Eesti_Vabariigi_Tartu_Ulikool, lk 95
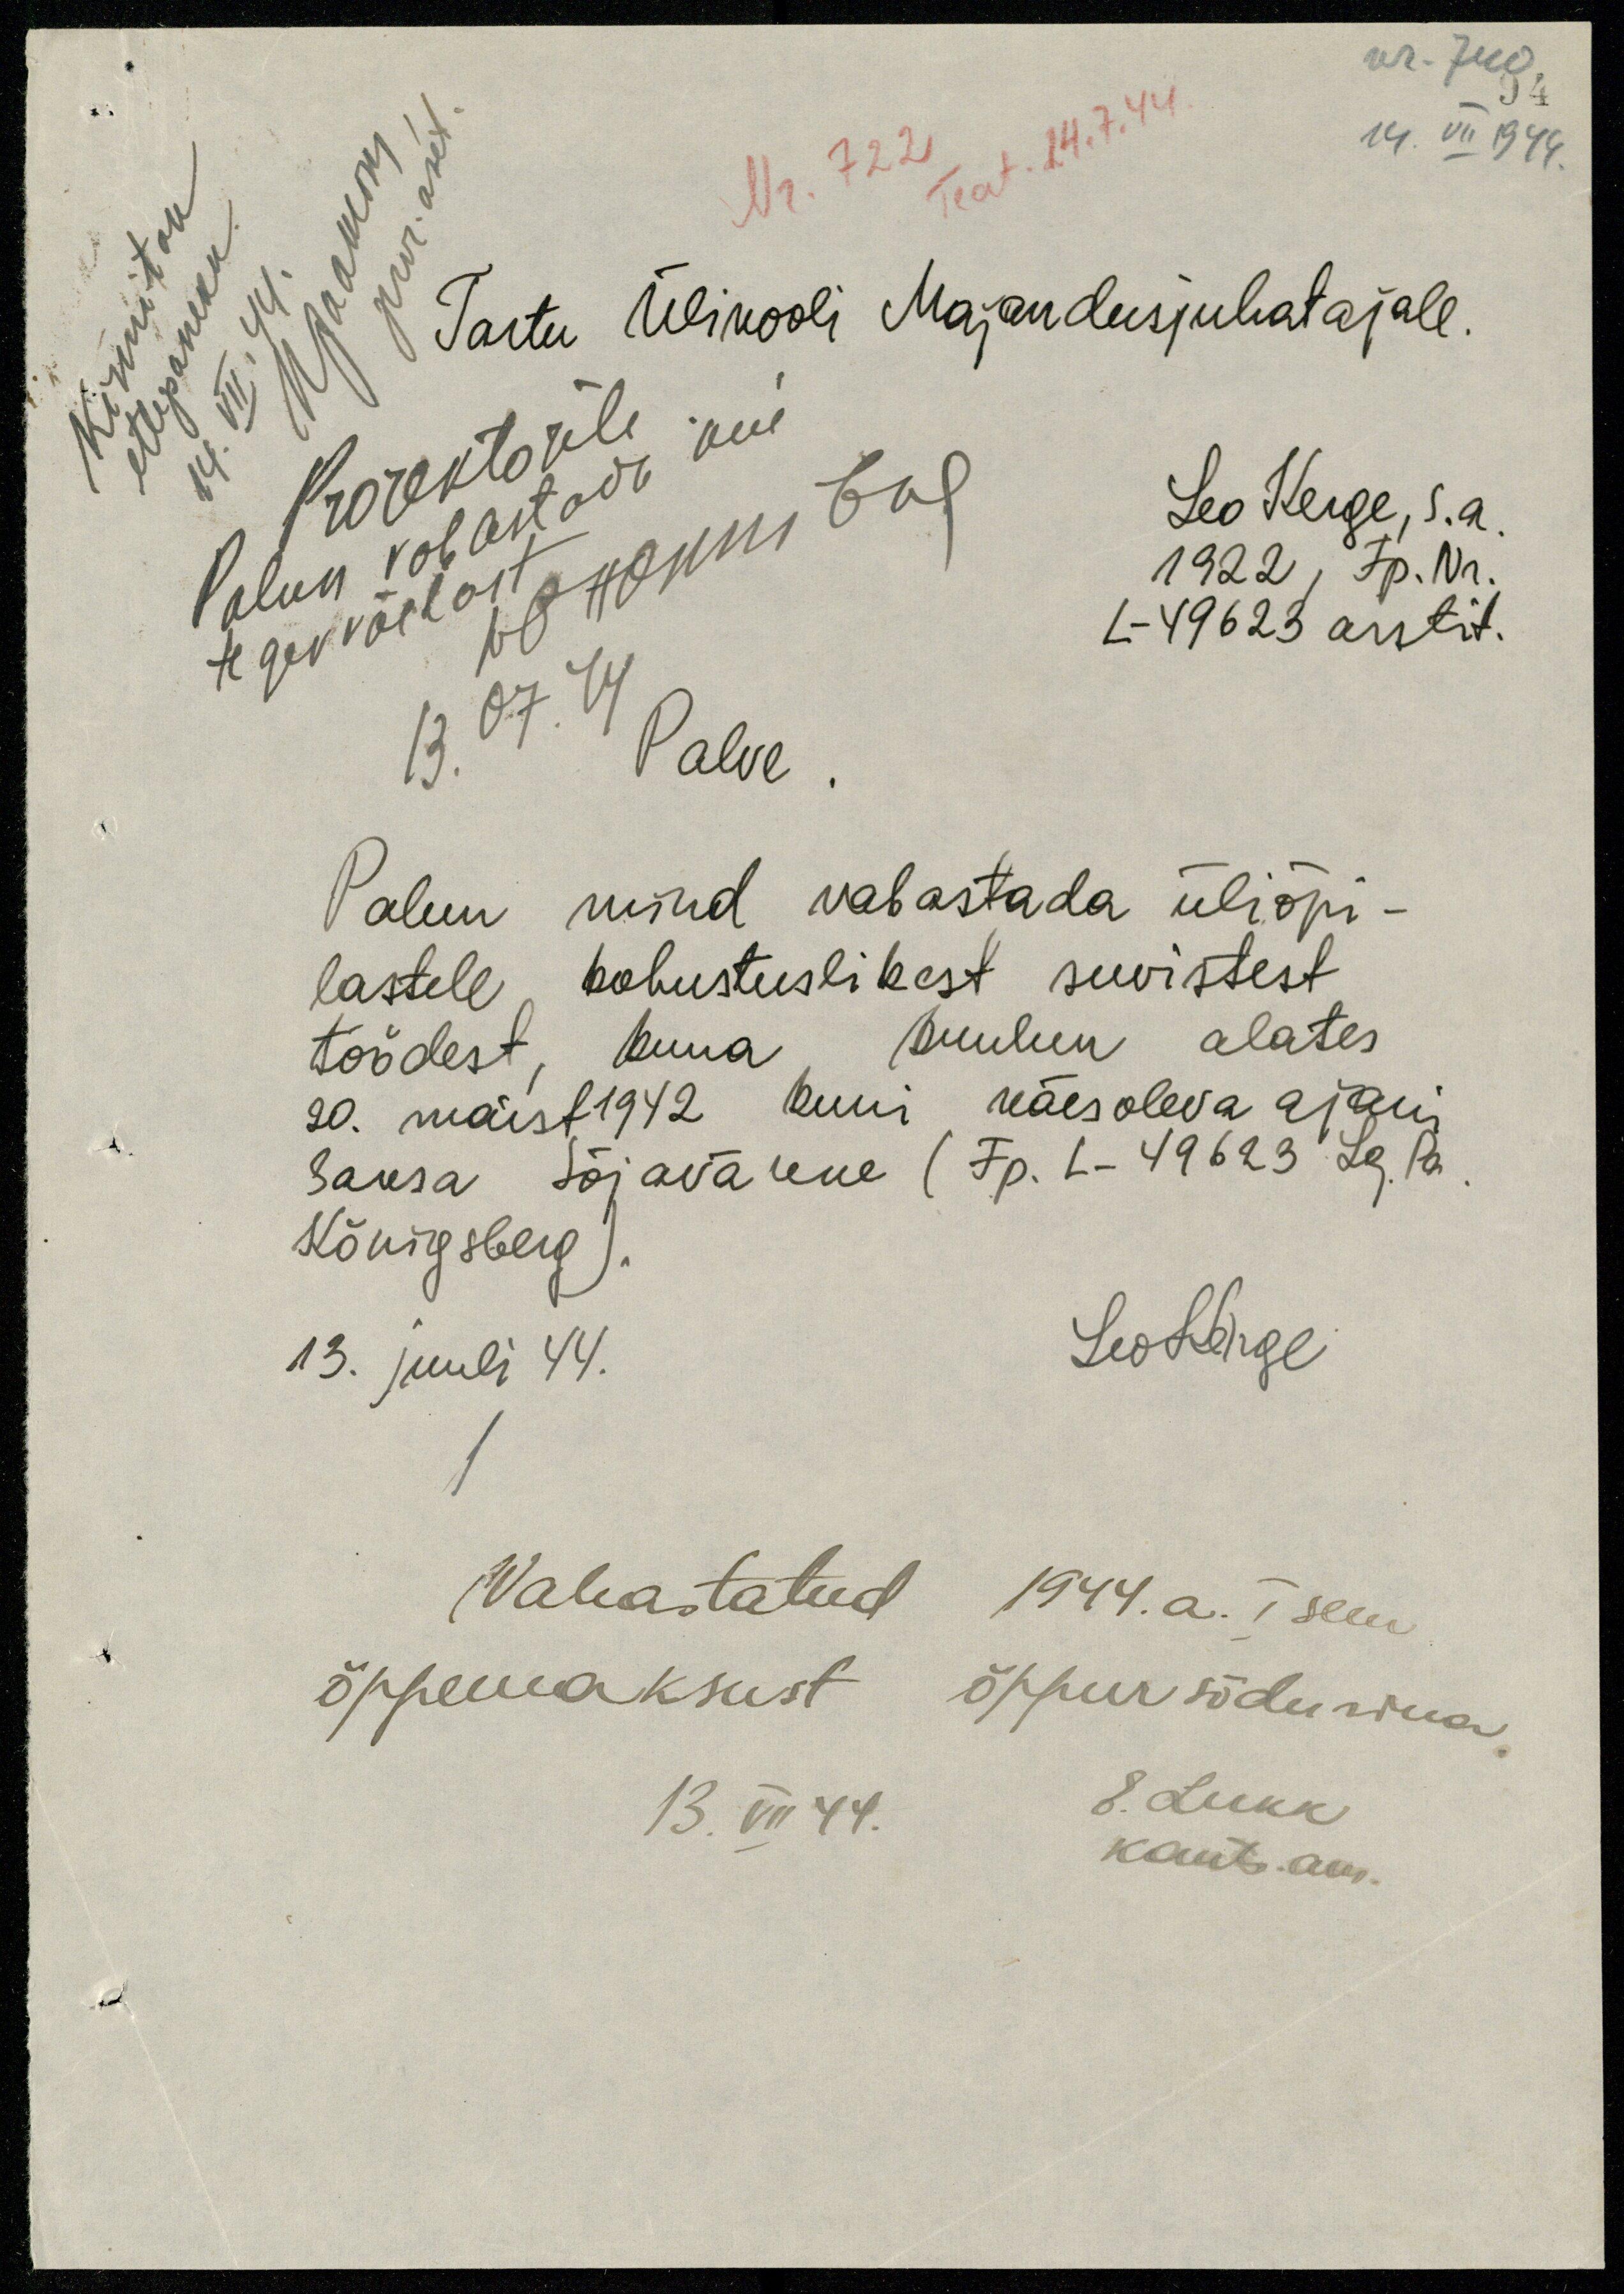
nr. 740
14. VII 1944.
Nr. 722 Teat 14.7.44
Nr. 722/ seat 14.7.44
Kinnitan
ettepaneku
14. VII. 44
kra Arh
pror.  aset
Tartu Ülikooli Majandusjuhatajale.
Prorektorile
Palun vabastada kui
tegevväelast
allkiri
13.07.44
Leo Kerge, s.a
1922, Fp. Nr.
L-49623 arstit.
Palve
Palun mind vabastada üliõpi-
lastele, kohustuslikest suvistest
töödest, kuna kuulun alates
20. maist1942 kuni käesoleva ajani
Saksa Sõjaväkke ( Fp. L-49623 Lg. Pa
Königsberg
13. juuli 44.
Leo Kerge
(Vabastatud 1944.a. I sem
õppemaksust õppursõdurina
13.VII 44. E. Lukk
kants am.